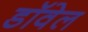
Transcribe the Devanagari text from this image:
डॉवेल